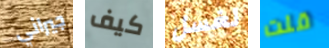
جيراني كيف لغسل قلت